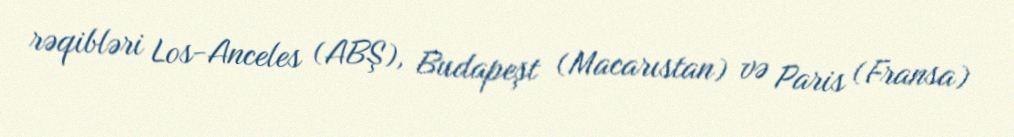
rəqibləri Los-Anceles (ABŞ), Budapeşt (Macarıstan) və Paris (Fransa)